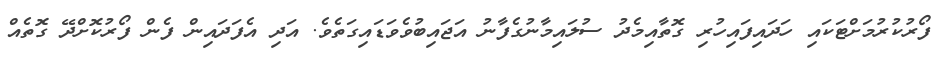
ފޯރުކުރުމަށްޓަކައި ހަދައިފައިހުރި ގޮތާއިމެދު ސުލައިމާނުގެފާނު އަޖައިބުވެވަޑައިގަތެވެ. އަދި އެފަދައިން ފެން ފޯރުކޮށްދޭ ގޮތެއް